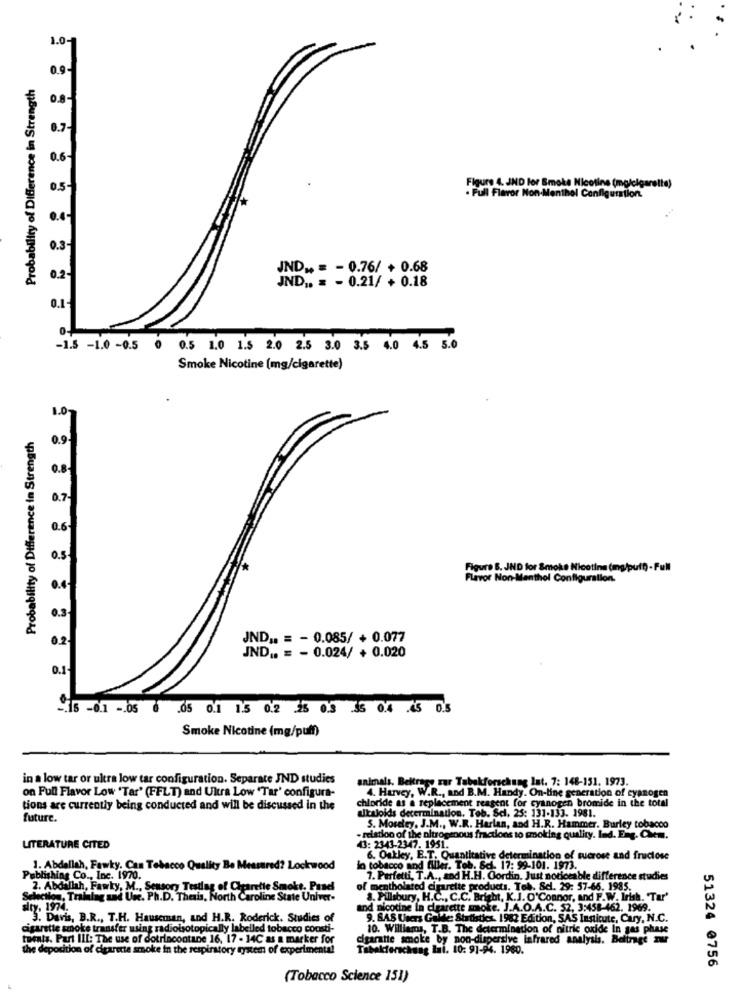
Probability of Difference in Strength
2.6.
D.5-
Figure 4. JND for Smoke Nicotine (mglelgarette)
- Ful Flavor Non-Menthol Configuration.
0.3
JND .. = - 0.76/ + 0.68
0.2-
JND .. = - 0.21/ + 0.18
0.1
0-
-1.5 -1.0-0.5 0 0.5 1.0 1.5 2.0 2.5 3.0 3.5 4.0 4.5 5.0
Smoke Nicotine [mg/cigarette)
Probability of Difference in Strength
0.8
0.7.
0.5
Figure B. JND for Smoke Nicetina (mg/puff) - Full
Flavor Non-Menthol Configuration.
0.3-
0.2
JND .. = - 0.085/ + 0.077
JND .. = - 0.024/ + 0.020
0.1
-. 15 -0.1 -. 05 6 .05 0.1 1.5 0.2 25 0.3 35 0.4 .45 0.5
Smoke Nicotine (mg/puff)
in a low tar or ultra low tar configuration. Separate JND studies
animals. Beitragy zur Tobakforschung lat. 7: 148-151. 1973.
on Full Flavor Low 'Tar' (FFLT) and Ultra Low 'Tar' configura-
4. Harvey, W.R ., and B.M. Handy. On-line generation of cyanogen
chloride as a replacement reagent for cyanogen bromide in the total
tions are currently being conducted and will be discussed in the
ukaloids determination, Tob. Sel. 25: 131-133. 1981.
future.
S. Moseley, J.M ., W.R. Harlan, and H.R. Hammer. Burley tobacco
- relation of the oltrogenous fractions to smoking quality. Ind. Fre. Chem.
LITERATURE CITED
43: 2343-2347. 1951.
6. Oakley, E.T. Quantitative determination of sucrose and fructose
1. Abdallah, Fawky. Can Tobacco Quality Be Measured? Lockwood
In tobacco and filler. Tob. 8cl. 17: 99-101. 1973.
Publishing Co ., Inc. 1970.
7. Perfetti, T.A ., and H.H. Oordin. Just noticeable difference studies
2. Abdallah, Fawky, M ., Sensory Testlag of Cigarette Smoke. Panel
of mentholated cigarette products. Tob. Scl. 29: 57-66. 1985.
Selection, Training and Un. Ph.D. Thesis, North Caroline State Univer-
8. Pillsbury, H.C ., C.C. Bright, K.J. O'Connor, and F.W. Irish. 'Tar'
sty. 1974.
and nicotine in cigarette smoke. J.A.O.A.C. 52, 3:458-462. 1969.
3. Davis, B.R ., T.H. Hauseman, and H.R. Roderick. Studies of
9. SAS Users Galde: Statistics. 1982 Edition, SAS Institute, Cary, N.C.
agarstie smoke transfer using radiolsotopically labelled tobacco consti-
10. Williams, T.B. The determination of nitric oxide In gas phase
tomats. Part III: The use of dotrincontane 16, 17 - 14C as a marker for
cigaratie smoke by non-dispersive infrared analysis. Belirge zur
the deposition of cigarette smoke in the respiratory system of experimental
bakforschung Ini. 10: 91-94. 1980.
51324 @756
(Tobacco Science 151)